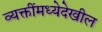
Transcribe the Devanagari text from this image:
व्यक्तींमध्येदेखील